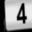
Digit: 4